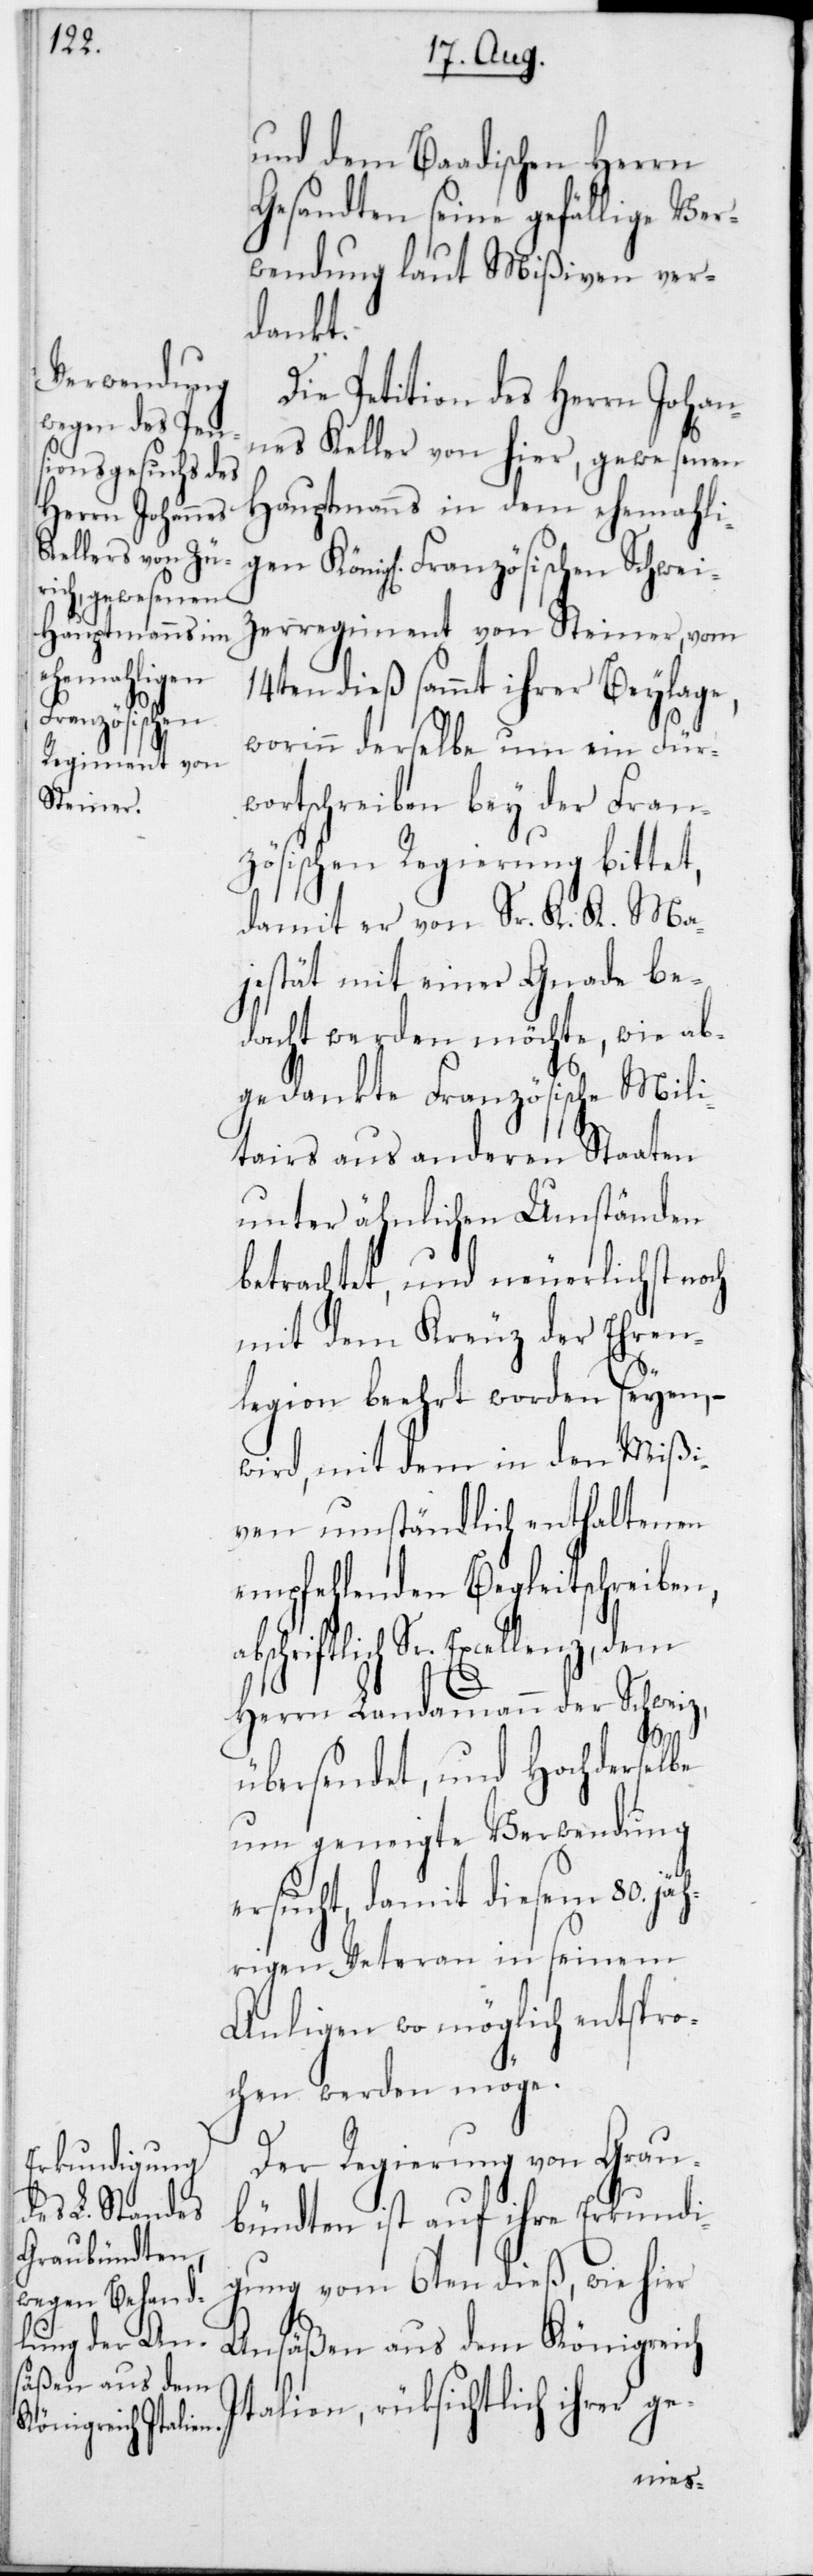
Regiment von
Steiner,

und dem Baadischen Herrn
Gesandten seine gefällige Ver¬
wendung (laut Mißiven) ver¬
dankt.
Die Petition des Herrn Johan¬
nes Keller von hier, gewesenen
Hauptmanns in dem ehemahli¬
gen König. Französischen Schwei¬
14ten dieß sammt ihrer Beylage,
worinn derselbe um ein Für¬
wortschreiben bey der Fran¬
zösischen Regierung bittet,
damit er von Sr K. K. Ma¬
jestät mit einer Gnade be¬
dacht werden möchte, wie ab¬
gedankte Französische Mili¬
tairs aus anderen Staaten
unter ähnlichen Umständen
betrachtet, und neuerlichst noch
mit dem Kreuz der Ehren¬
legion beehrt worden seyen, –
wird, mit dem in den Mißi¬
ven umständlich enthaltenen
empfehlenden Begleitschreiben,
Herrn Landammann der Schweiz,
Sr.
übersendet, und Hochderselbe
um geneigte Verwendung
ersucht, damit diesem 80 jäh¬
rigen Veteran in seinem
Anliegen wo möglich entspro¬
chen werden möge.
Der Regierung von Grau¬
bündten ist auf ihre Erkundi¬
gung vom 6ten dieß, wie hier
Ansäßen aus dem Königreich
Italien, rücksichtlich ihrer ge-